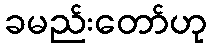
ခမည်းတော်ဟု